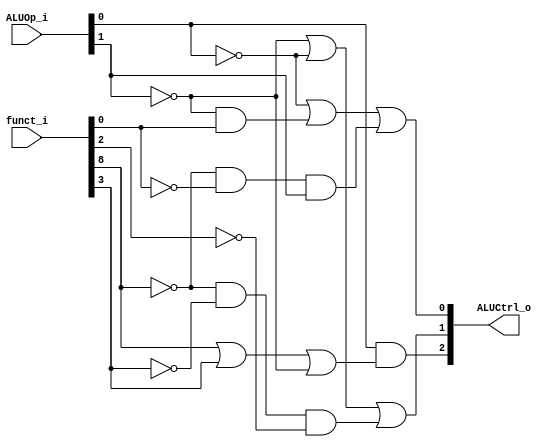
module ALU_Control(
    funct_i,
    ALUOp_i,
    ALUCtrl_o
);

// Ports
input   [1:0]       ALUOp_i;
input   [9:0]       funct_i;
output  [2:0]       ALUCtrl_o;

assign ALUCtrl_o[2] = ALUOp_i[0] & (funct_i[8] | funct_i[3] | ~ ALUOp_i[1]);
assign ALUCtrl_o[1] = ~ ALUOp_i[1] | ~ ALUOp_i[0] | (~ funct_i[8] & ~ funct_i[3] & ~ funct_i[2]);
assign ALUCtrl_o[0] = ~ ALUOp_i[0] | (~ ALUOp_i[1] & funct_i[0]) | (~ funct_i[8] & ~ funct_i[0] & ALUOp_i[1]);
endmodule